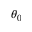
\theta _ { 0 }